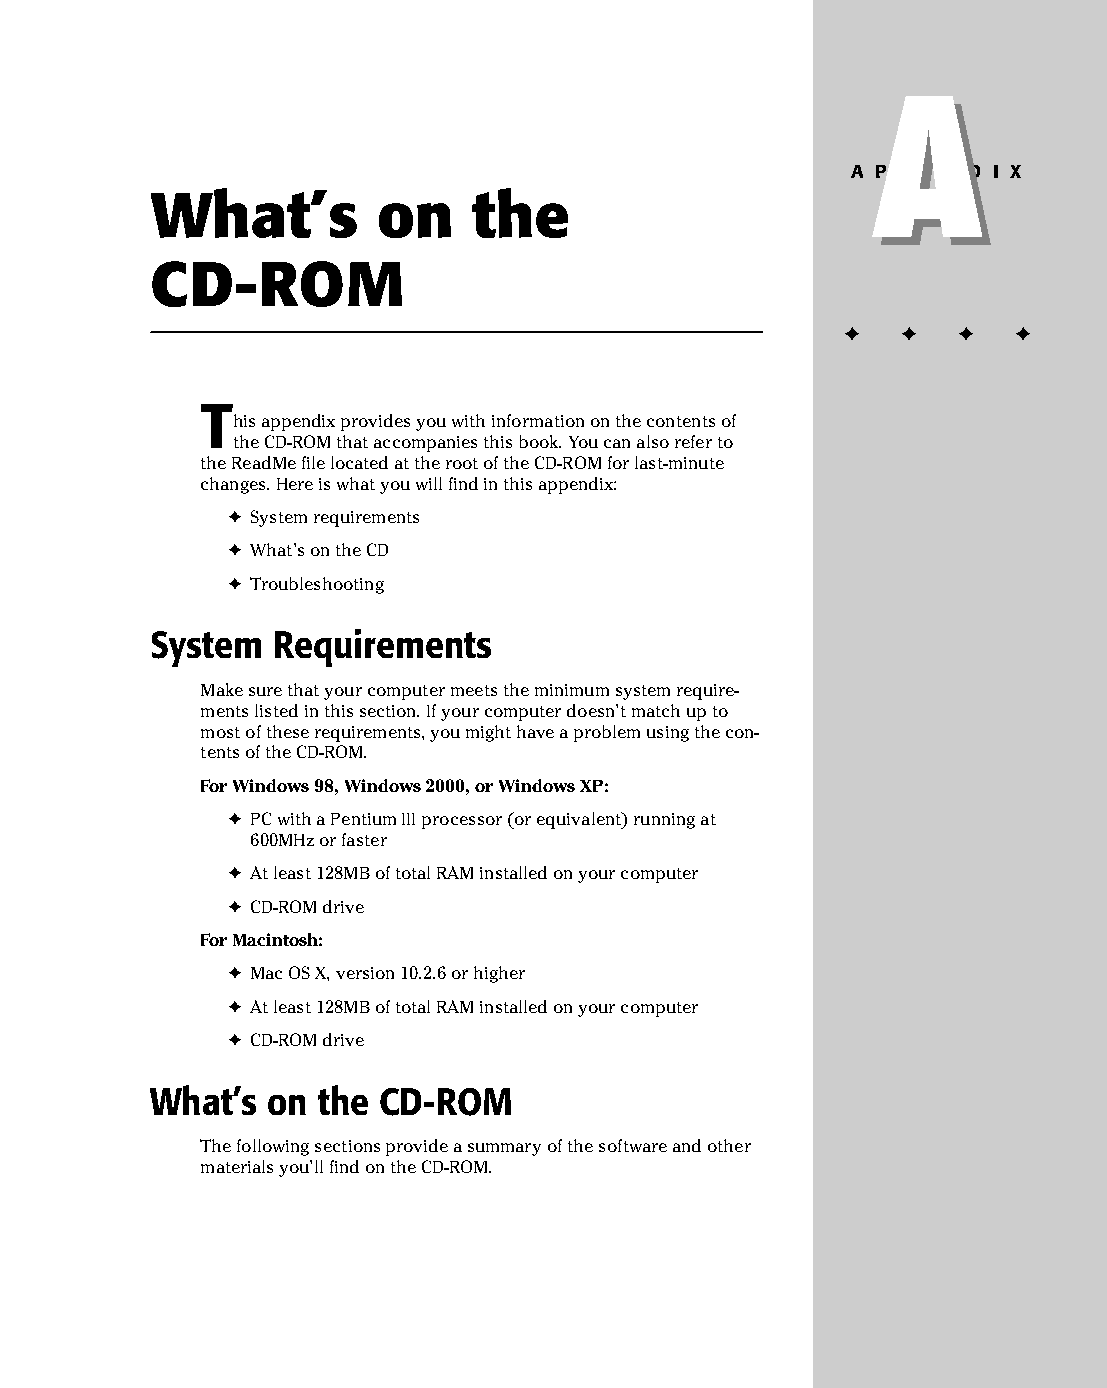
49 543547 AppA.qxd 3/24/04 4:15 PM Page 889
 A
 A
 A P P E N D I X
 What’s         on    the
 CD-ROM
 ✦  ✦ ✦  ✦
 T
 his appendix provides you with information on the contents of
 the CD-ROM that accompanies this book. You can also refer to
 the ReadMe file located at the root of the CD-ROM for last-minute
 changes. Here is what you will find in this appendix:
 ✦ System requirements
 ✦ What’s on the CD
 ✦ Troubleshooting
 System  Requirements
 Make sure that your computer meets the minimum system require­
 ments listed in this section. If your computer doesn’t match up to
 most of these requirements, you might have a problem using the con­
 tents of the CD-ROM.
 For Windows 98, Windows 2000, or Windows XP:
 ✦ PC with a Pentium III processor (or equivalent) running at
 600MHz or faster
 ✦ At least 128MB of total RAM installed on your computer
 ✦ CD-ROM drive
 For Macintosh:
 ✦ Mac OS X, version 10.2.6 or higher
 ✦ At least 128MB of total RAM installed on your computer
 ✦ CD-ROM drive
 What’s  on the CD-ROM
 The following sections provide a summary of the software and other
 materials you’ll find on the CD-ROM.